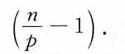
( \frac { n } { p } - 1 )$$ .